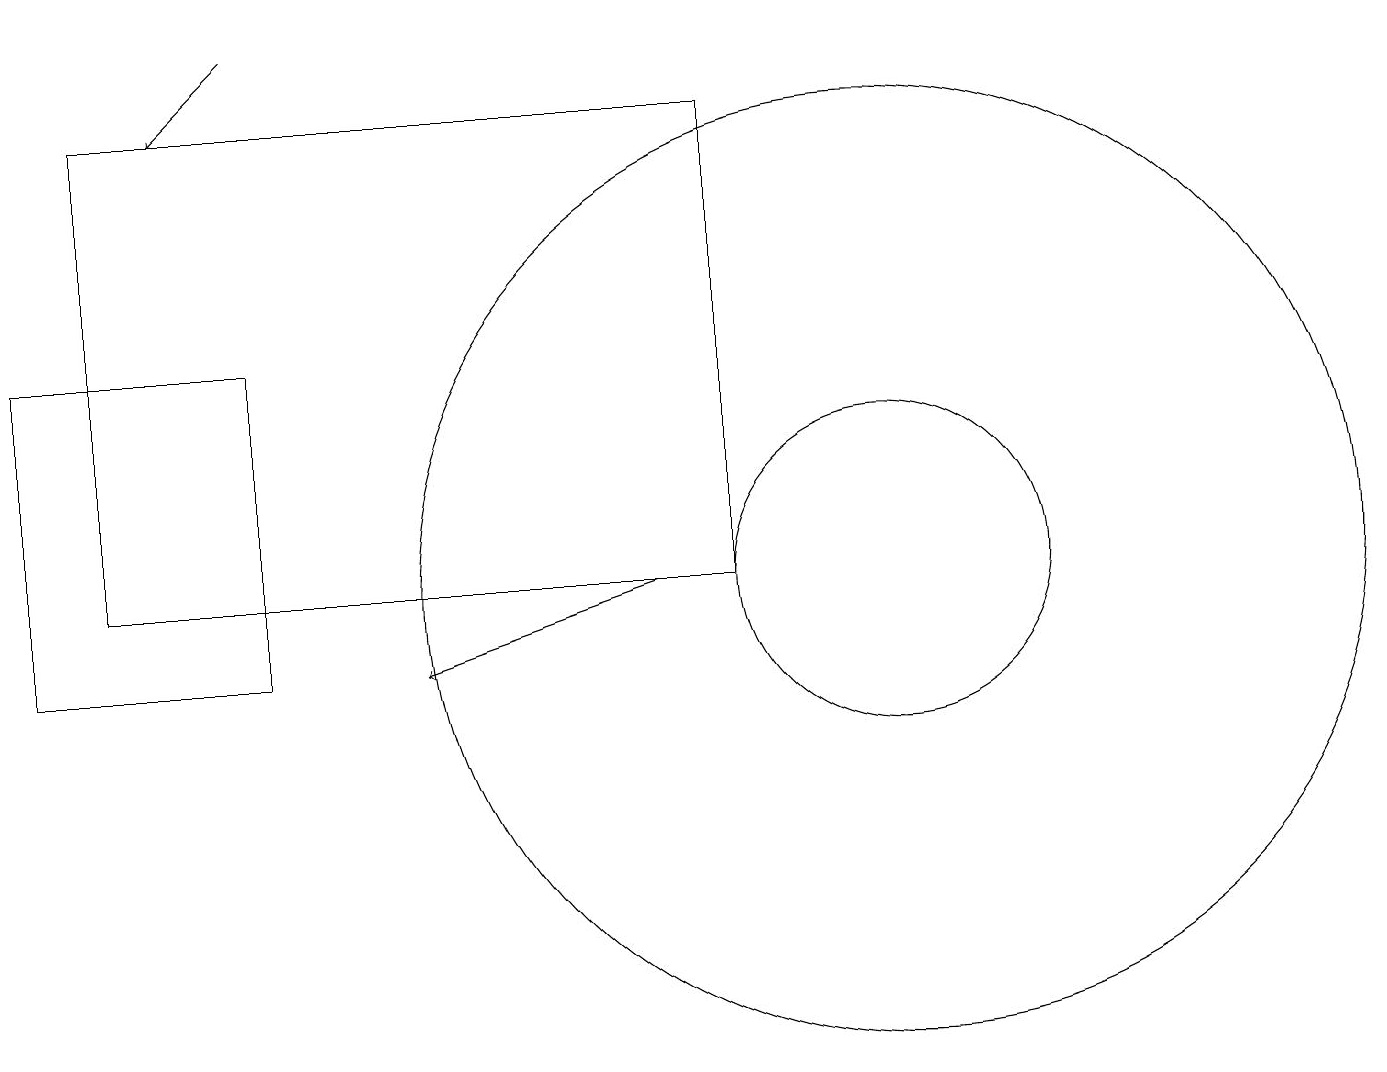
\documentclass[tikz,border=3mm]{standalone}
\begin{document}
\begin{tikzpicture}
\draw[->] (8,12) -- (5,11);
\draw (11,12) circle (6);
\draw (11,12) circle (2);
\draw (9,18) rectangle (1,12);
\draw (3,11) rectangle (0,15);
\draw[->] (3,19) -- (2,18);
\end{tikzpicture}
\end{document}